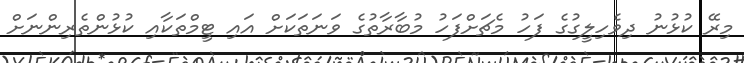
މިރޭ ކުޅުނު ދިވެހިލީގުގެ ފަހު މެޗަށްފަހު މުބާރާތުގެ ވަނަތަކަށް އައި ޓީމްތަކާއި ކުޅުންތެރިންނަށް